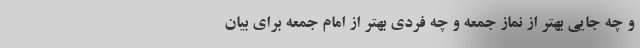
و چه جایی بهتر از نماز جمعه و چه فردی بهتر از امام جمعه برای بیان